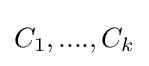
C_{1},....,C_{k}